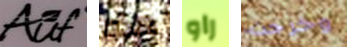
Auf هذه راو وخرجت